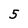
Character: 5